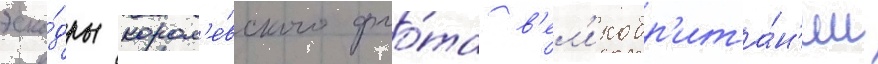
эска́дры корол'е́вского фло́та в'ел'икобр'ита́н'ии